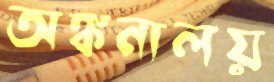
অঙ্কনালয়